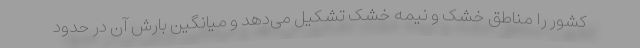
کشور را مناطق خشک و نیمه خشک تشکیل می‌دهد و میانگین بارش آن در حدود